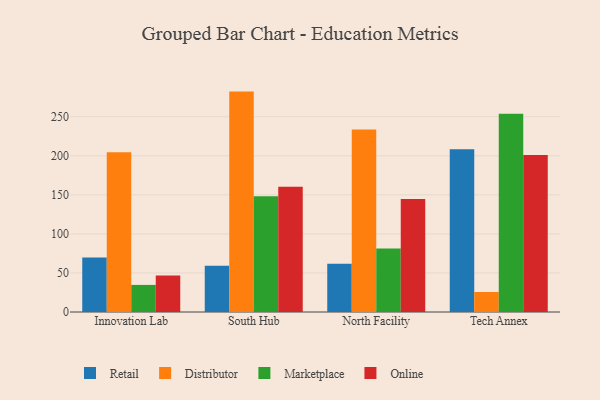
{"axis": {"x": "Campus", "y": "Net Income (USD K)"}, "legend": ["Distributor", "Marketplace", "Online", "Retail"], "data": [{"x": "Innovation Lab", "y": 69.8, "type": "Retail"}, {"x": "Innovation Lab", "y": 204.4, "type": "Distributor"}, {"x": "Innovation Lab", "y": 34.7, "type": "Marketplace"}, {"x": "Innovation Lab", "y": 46.7, "type": "Online"}, {"x": "South Hub", "y": 59.3, "type": "Retail"}, {"x": "South Hub", "y": 282.2, "type": "Distributor"}, {"x": "South Hub", "y": 148.3, "type": "Marketplace"}, {"x": "South Hub", "y": 160.5, "type": "Online"}, {"x": "North Facility", "y": 61.9, "type": "Retail"}, {"x": "North Facility", "y": 233.6, "type": "Distributor"}, {"x": "North Facility", "y": 81.2, "type": "Marketplace"}, {"x": "North Facility", "y": 144.6, "type": "Online"}, {"x": "Tech Annex", "y": 208.4, "type": "Retail"}, {"x": "Tech Annex", "y": 25.6, "type": "Distributor"}, {"x": "Tech Annex", "y": 253.8, "type": "Marketplace"}, {"x": "Tech Annex", "y": 200.9, "type": "Online"}]}